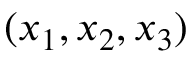
( x _ { 1 } , x _ { 2 } , x _ { 3 } )